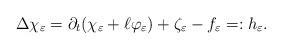
LaTeX: \begin{align*} \Delta \chi_{\varepsilon} = \partial_t(\chi_{\varepsilon} + \ell \varphi_{\varepsilon}) + \zeta_{\varepsilon} - f_{\varepsilon} =: h_{\varepsilon}.\end{align*}